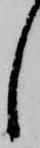
し